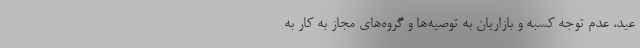
عید، عدم توجه کسبه و بازاریان به توصیه‌ها و گروه‌های مجاز به کار به